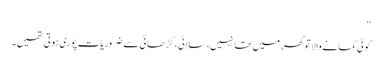
‘‘
کوئی کمانے والا تو گھر میں تھا نہیں، سلائی، کڑھائی سے ضروریات پوری ہوتی تھیں۔